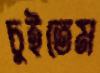
চুইতেম